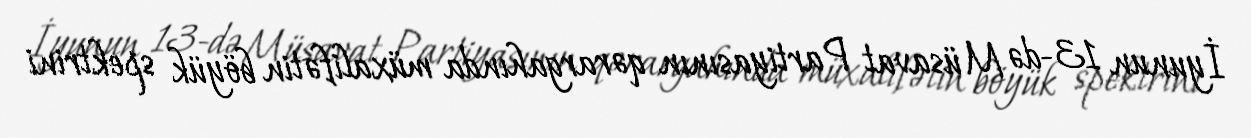
İyunun 13-də Müsavat Partiyasının qərargahında müxalifətin böyük spektrini